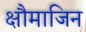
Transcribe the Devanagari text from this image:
क्षौमाजिन